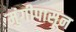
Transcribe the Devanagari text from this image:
मुंगीपासून